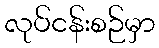
လုပ်ငန်းစဉ်မှာ